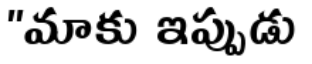
"మాకు ఇప్పుడు